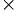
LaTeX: ^{\times}